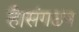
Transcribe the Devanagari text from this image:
है।संगठन